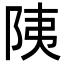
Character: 䧅